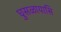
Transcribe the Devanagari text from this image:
घुसळायासि